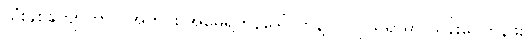
သုံးနှစ်ကျော်ကာလအတွင်း အမေရိကန်ဒေါ်လာနဲ့ လဲလှယ်ရာမှာ ယန်းငွေတန်ဖိုး